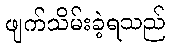
ဖျက်သိမ်းခဲ့ရသည်